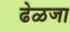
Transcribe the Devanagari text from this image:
ढेळजा